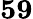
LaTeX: \mathbf{59}